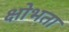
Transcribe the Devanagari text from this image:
क्षोभता